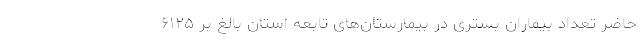
حاضر تعداد بیماران بستری در بیمارستان‌های تابعه استان بالغ بر ۶۱۲۵